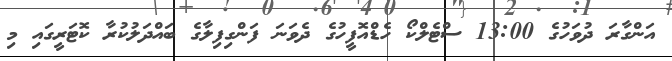
އަންގާރަ ދުވަހުގެ 13:00 ސްޓެލްކޯ ހެޑްއޮފީހުގެ ދެވަނަ ފަންގިފިލާގެ ބައްދަލުކުރާ ކޮޓަރީގައި މި